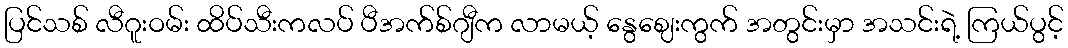
ပြင်သစ် လီဂူးဝမ်း ထိပ်သီးကလပ် ပီအက်စ်ဂျီက လာမယ့် နွေဈေးကွက် အတွင်းမှာ အသင်းရဲ့ ကြယ်ပွင့်